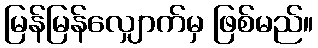
မြန်မြန်လျှောက်မှ ဖြစ်မည်။